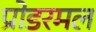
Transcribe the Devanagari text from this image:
प्रोडरमल